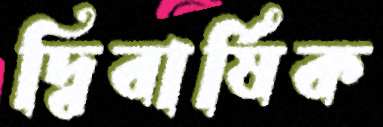
দ্বিবার্ষিক